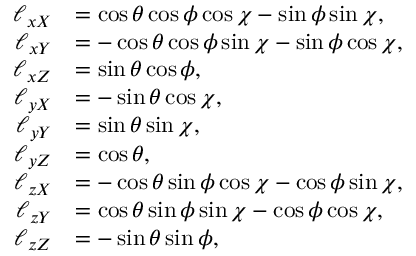
\begin{array} { r l } { \ell _ { x X } } & { = \cos \theta \cos \phi \cos \chi - \sin \phi \sin \chi , } \\ { \ell _ { x Y } } & { = - \cos \theta \cos \phi \sin \chi - \sin \phi \cos \chi , } \\ { \ell _ { x Z } } & { = \sin \theta \cos \phi , } \\ { \ell _ { y X } } & { = - \sin \theta \cos \chi , } \\ { \ell _ { y Y } } & { = \sin \theta \sin \chi , } \\ { \ell _ { y Z } } & { = \cos \theta , } \\ { \ell _ { z X } } & { = - \cos \theta \sin \phi \cos \chi - \cos \phi \sin \chi , } \\ { \ell _ { z Y } } & { = \cos \theta \sin \phi \sin \chi - \cos \phi \cos \chi , } \\ { \ell _ { z Z } } & { = - \sin \theta \sin \phi , } \end{array}